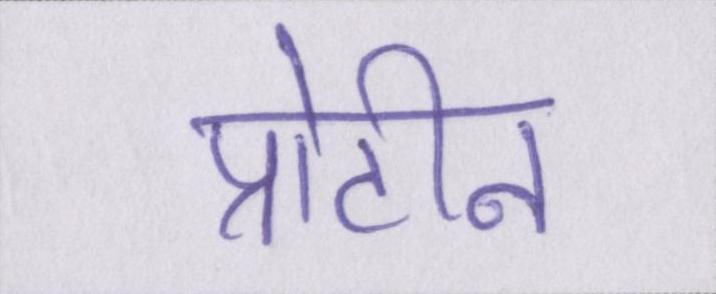
प्रोटीन